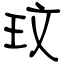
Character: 玟